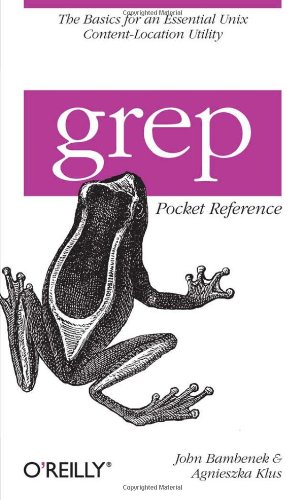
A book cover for grep Pocket Reference (Pocket Reference (O'Reilly)); John Bambenek; Computers & Technology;